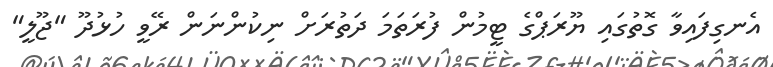
އެނގިފައިވާ ގޮތުގައި ޔޫރަޕްގެ ޓީމުން ފުރަތަމަ ދަތުރަށް ނިކުންނަން ރޭވީ ހުޅުދޫ "ޖޫލީ"